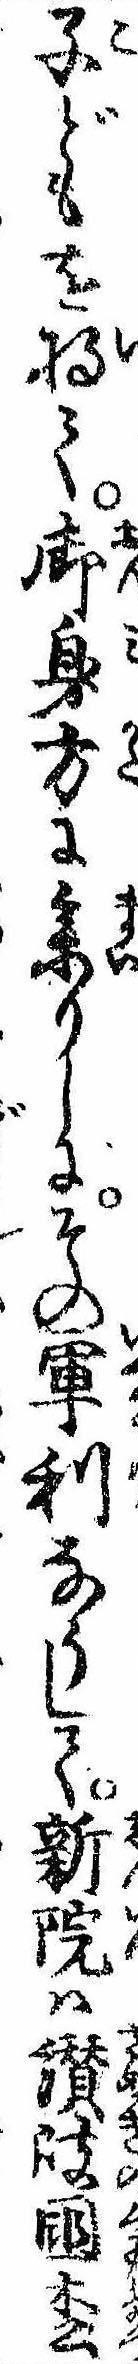
子どもを将て御身方に参りしにその軍利なうして新院は讃岐国松